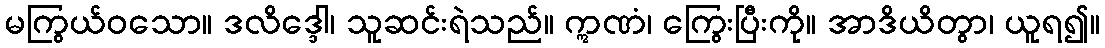
မကြွယ်ဝသော။ ဒလိဒ္ဒေါ၊ သူဆင်းရဲသည်။ ဣဏံ၊ ကြွေးပြီးကို။ အာဒိယိတွာ၊ ယူရ၍။